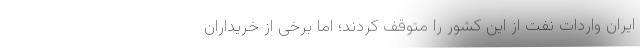
ایران واردات نفت از این کشور را متوقف کردند؛ اما برخی از خریداران